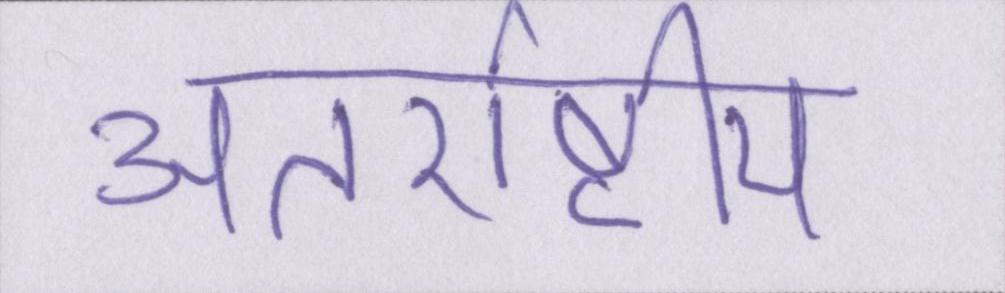
अंतर्राष्ट्रीय